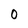
Character: 0